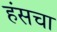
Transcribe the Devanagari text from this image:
हंसचा